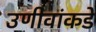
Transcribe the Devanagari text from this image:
उणीवांकडे